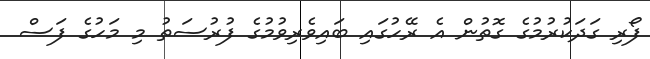
ފޯރި ގަދަކުރުމުގެ ގޮތުން އެ ރޭހުގައި ބައިވެރިވުމުގެ ފުރުސަތު މި މަހުގެ ފަސް